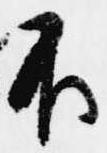
不